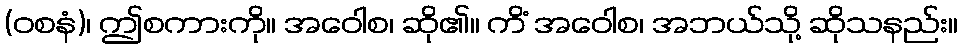
(ဝစနံ)၊ ဤစကားကို။ အဝေါစ၊ ဆို၏။ ကိံ အဝေါစ၊ အဘယ်သို့ ဆိုသနည်း။